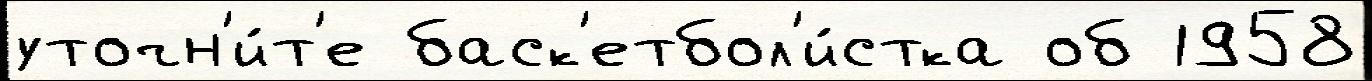
уточн'и́т'е баск'етбол'и́стка об 1958